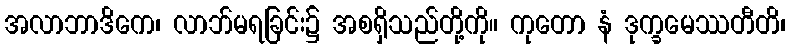
အလာဘာဒိကေ၊ လာဘ်မရခြင်း၌ အစရှိသည်တို့ကို။ ကုတော နံ ဒုက္ခမေဿတီတိ၊